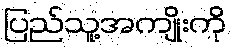
ပြည်သူ့အကျိုးကို